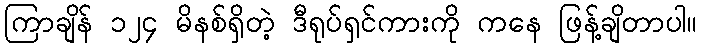
ကြာချိန် ၁၂၄ မိနစ်ရှိတဲ့ ဒီရုပ်ရှင်ကားကို ကနေ ဖြန့်ချိတာပါ။